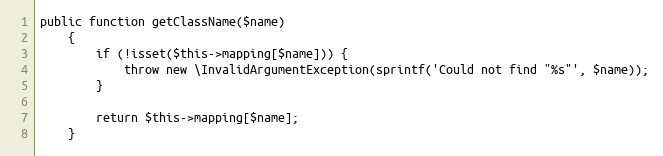
Language: PHP
public function getClassName($name)
    {
        if (!isset($this->mapping[$name])) {
            throw new \InvalidArgumentException(sprintf('Could not find "%s"', $name));
        }

        return $this->mapping[$name];
    }